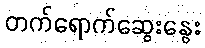
တက်ရောက်ဆွေးနွေး